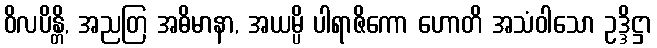
ဝိလပိန္တိ, အညတြ အဓိမာနာ, အယမ္ပိ ပါရာဇိကော ဟောတိ အသံဝါသော ဥဒ္ဒိဋ္ဌာ